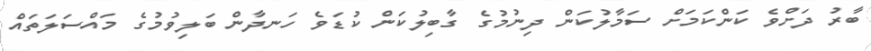
ބާރު ދަށްވެ ކަންކަމަށް ސަމާލުކަން ދިނުމުގެ ގާބިލުކަން ކުޑަވެ ހަނދާން ބަލިވުމުގެ މައްސަލަތައް